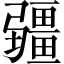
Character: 疆